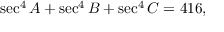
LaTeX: \sec ^ { 4 } A + \sec ^ { 4 } B + \sec ^ { 4 } C = 4 1 6 ,